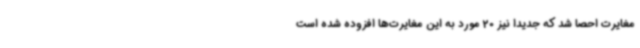
مغایرت احصا شد که جدیدا نیز 20 مورد به این مغایرت‌ها افزوده شده است